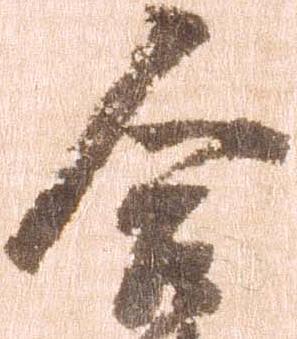
合